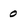
Character: 0